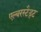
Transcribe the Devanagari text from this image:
एल्बरस्टैड्ट